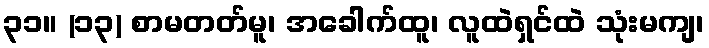
၃၁။ (၁၃) စာမတတ်မူ၊ အခေါက်ထူ၊ လူထဲရှင်ထဲ သုံးမကျ၊